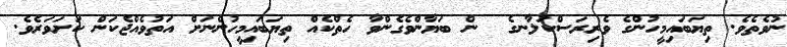
ނުވެތެވެ. ތިޔަބައިމީހުންގެ ވެރިރަސްކަލާނގެ  ން ބަޔާންވެގެންވާ ހެތްކެއް ތިޔަބައިމީހުންނަށް އަތުވެއްޖެކަން ކަށަވަރެވެ.